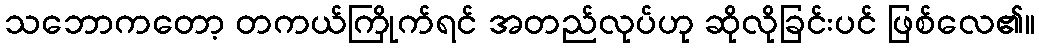
သဘောကတော့ တကယ်ကြိုက်ရင် အတည်လုပ်ဟု ဆိုလိုခြင်းပင် ဖြစ်လေ၏။